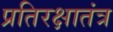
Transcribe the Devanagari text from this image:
प्रतिरक्षातंत्र